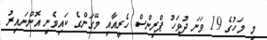
މި މަހުގެ 19 ވަނަ ދުވަހު ޕްރިންސް ހެރީއާއި މޭގަންގެ ކައިވެނި އޮންނައިރު